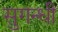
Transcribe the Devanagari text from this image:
सुगन्धी